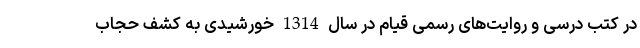
در کتب درسی و روایت‌های رسمی قیام در سال 1314 خورشیدی به کشف حجاب